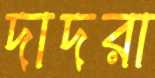
দাদরা